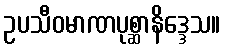
ဥပသီဝမာဏပုစ္ဆာနိဒ္ဒေသ။